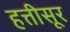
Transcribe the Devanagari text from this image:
हत्तीसूर